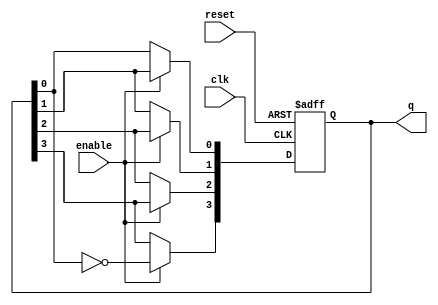
module JohnsonCounter (
    input wire clk,          // Clock signal
    input wire reset,        // Asynchronous reset signal
    input wire enable,       // Enable signal
    output reg [3:0] q       // 4-bit output representing the current state
);

    // Always block triggered on the rising edge of the clock or reset
    always @(posedge clk or posedge reset) begin
        if (reset) begin
            // Asynchronous reset: set the counter to zero
            q <= 4'b0000;
        end else if (enable) begin
            // Shift the counter state for Johnson counting
            q[3] <= ~q[0]; // Invert the last flip-flop and feed it to the first
            q[2] <= q[3];  // Shift the value of q[3] to q[2]
            q[1] <= q[2];  // Shift the value of q[2] to q[1]
            q[0] <= q[1];  // Shift the value of q[1] to q[0]
        end
    end

endmodule